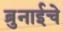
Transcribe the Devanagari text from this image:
ब्रुनाईचे